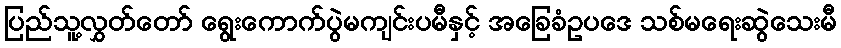
ပြည်သူ့လွှတ်တော် ရွေးကောက်ပွဲမကျင်းပမီနှင့် အခြေခံဥပဒေ သစ်မရေးဆွဲသေးမီ